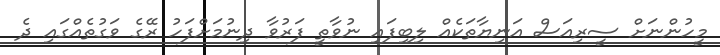
މީހުންނަށް ސީރިއަސް އަނިޔާތަކެއް ލިބިފައި ނުވާތީ ފަރުވާ ދިނުމަށްފަހު ރޭގެ ވަގުތެއްގައި ދެ